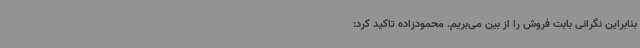
بنابراین نگرانی بابت فروش را از بین می‌بریم. محمودزاده تاکید کرد: